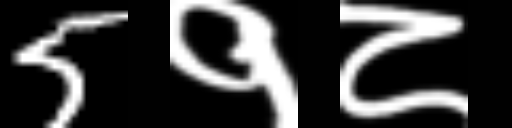
Text: 5१८